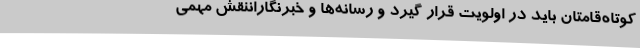
کوتاه‌قامتان باید در اولویت قرار گیرد و رسانه‌ها و خبرنگاراننقش مهمی